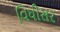
વિધીસર